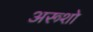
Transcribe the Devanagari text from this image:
अरूशो